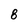
Character: 8